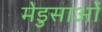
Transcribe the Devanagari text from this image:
मेडुसाओं